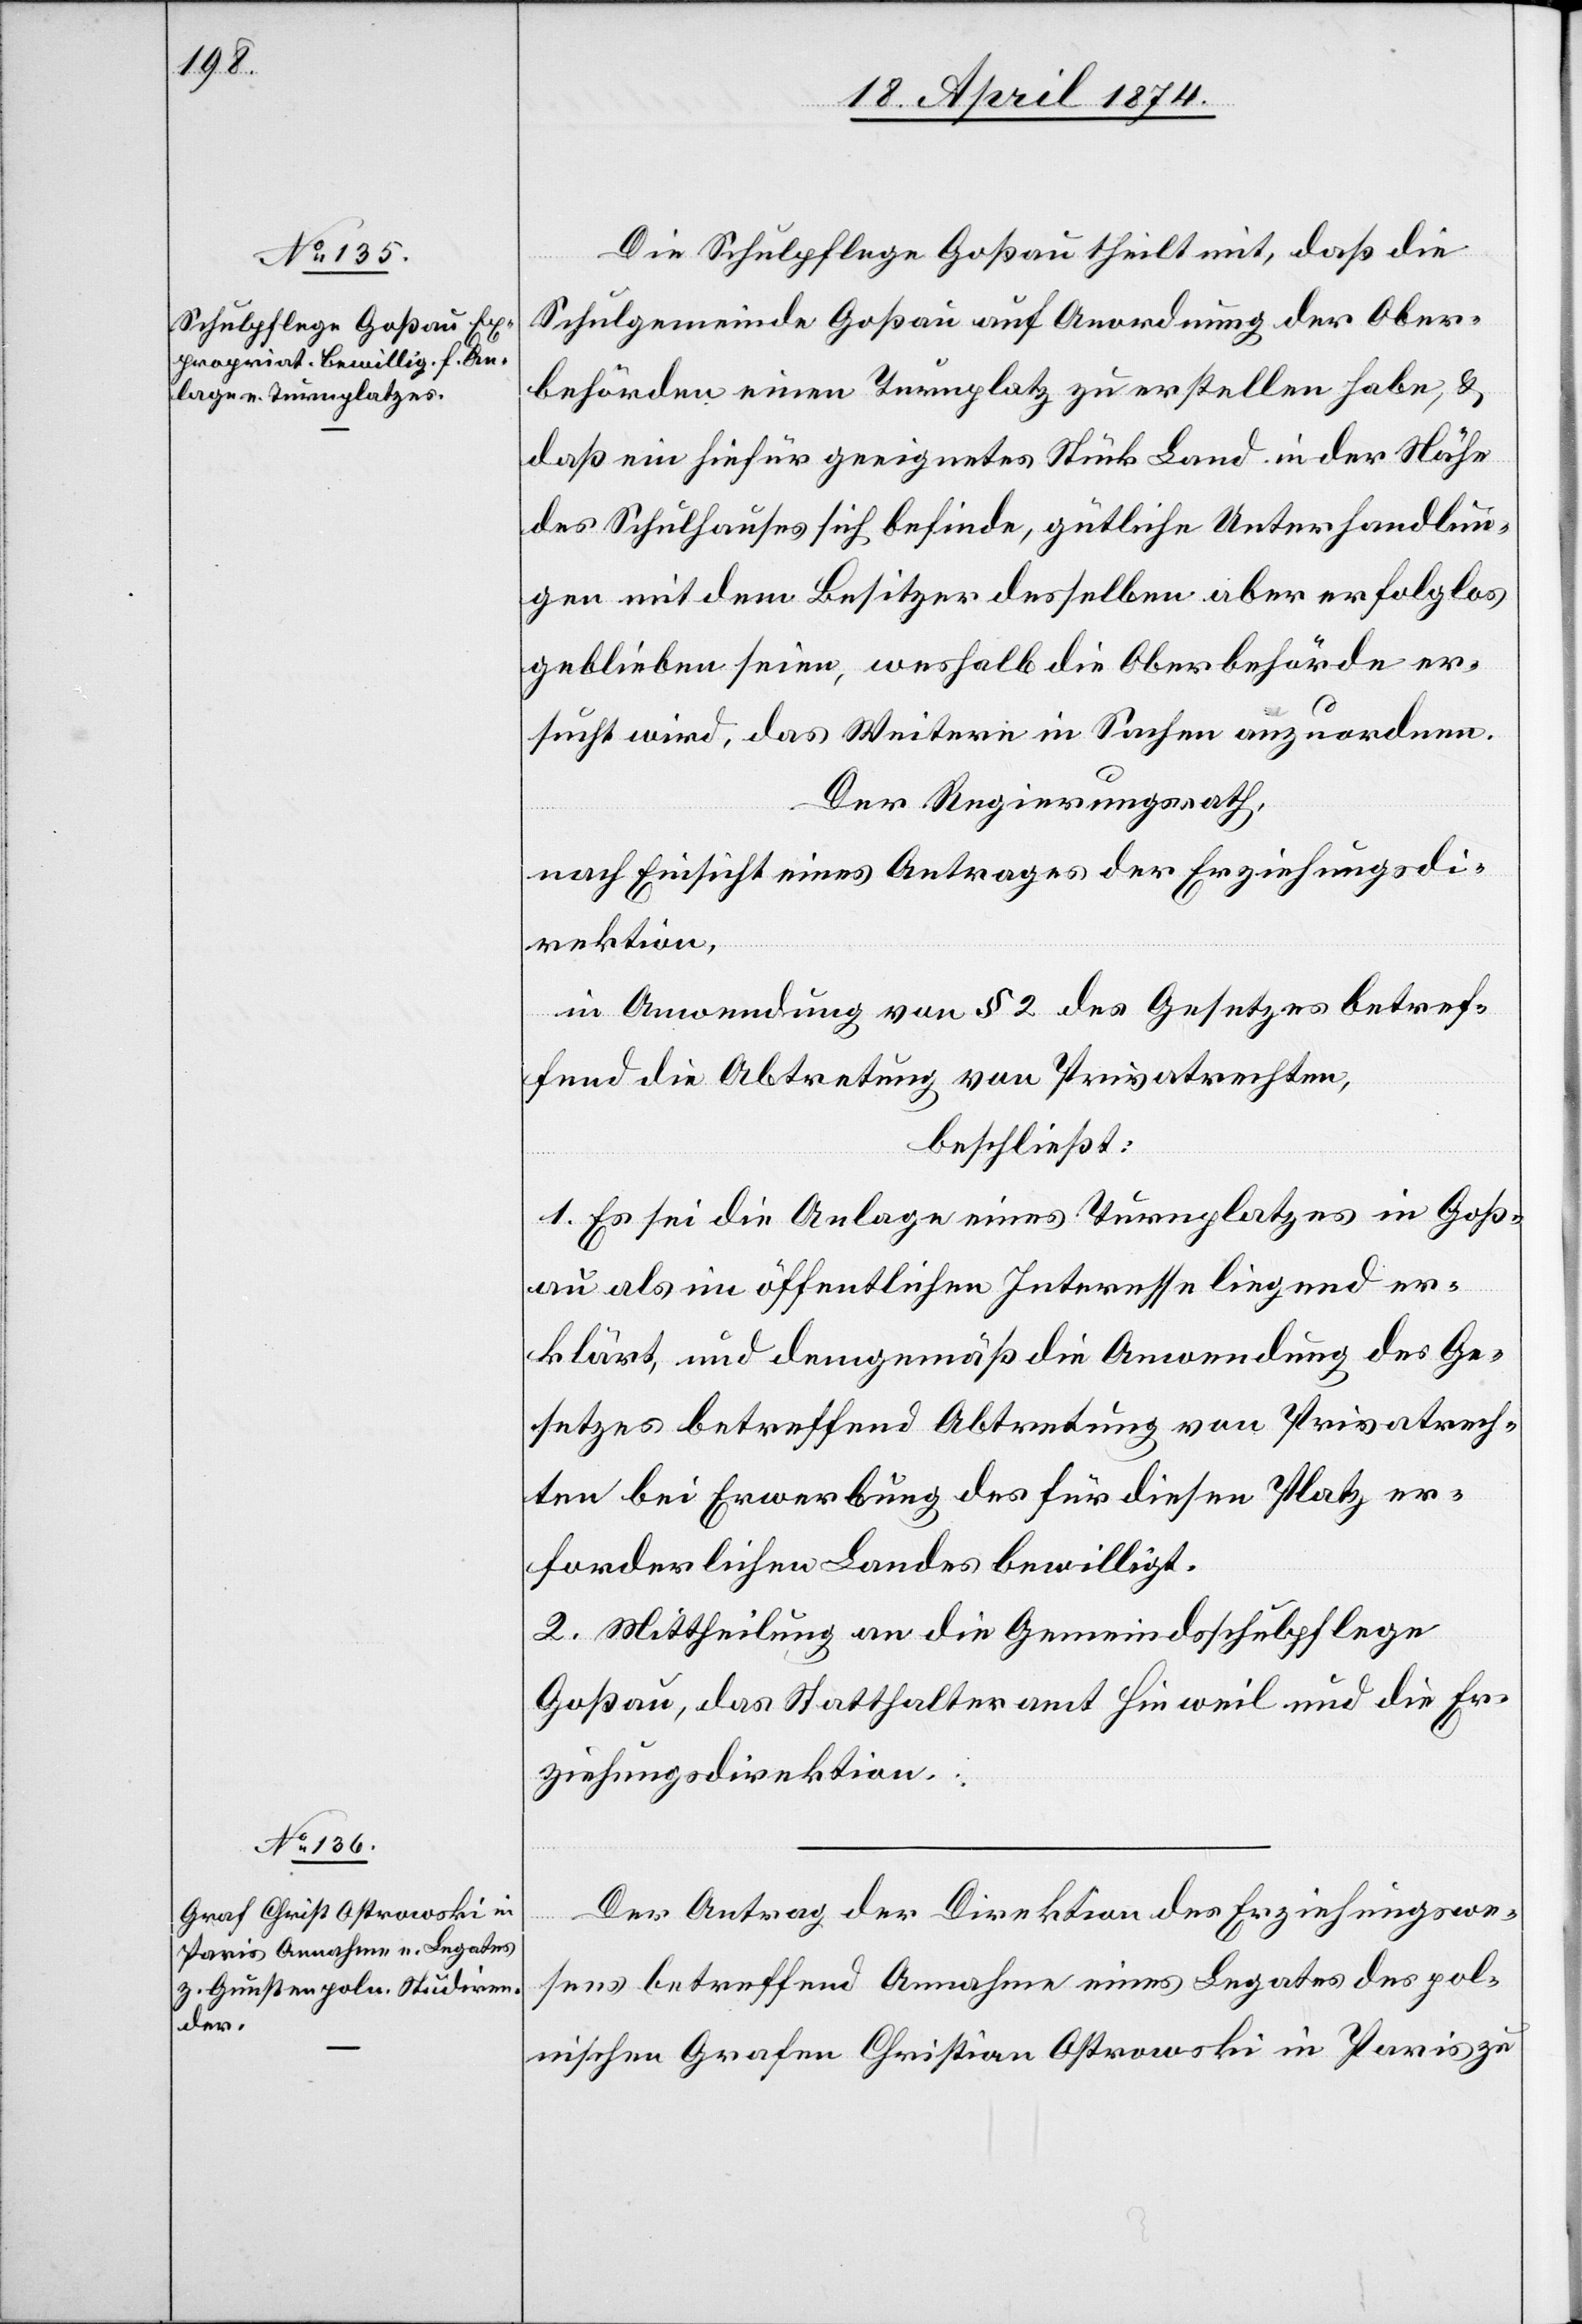
Die Schulpflege Goßau theilt mit, daß die
Schulgemeinde Goßau auf Anordnung der Ober¬
behörden einen Turnplatz zu erstellen habe, u.
daß ein hiefür geeignetes Stück Land in der Nähe
des Schulhauses sich befinde, gütliche Unterhandlun¬
gen mit dem Besitzer desselben aber erfolglos
geblieben seien, weshalb die Oberbehörde er¬
sucht wird, das Weitere in Sachen anzuordnen.
Der Regierungsrath,
nach Einsicht eines Antrages der Erziehungsdi¬
rektion,
in Anwendung von § 2 des Gesetzes betref¬
fend die Abtretung von Privatrechten,
beschließt:
1. Es sei die Anlage eines Turnplatzes in Goß¬
au als im öffentlichen Interesse liegend er¬
klärt, und demgemäß die Anwendung des Ge¬
setzes betreffend Abtretung von Privatrech¬
ten bei Erwerbung des für diesen Platz er¬
forderlichen Landes bewilligt.
2. Mittheilung an die Gemeindschulpflege
Goßau, das Statthalteramt Hinweil und die Er¬
ziehungsdirektion.
Der Antrag der Direktion des Erziehungswe¬
sens betreffend Annahme eines Legates des pol¬
nischen Grafen Christian Ostrowski in Paris zu